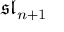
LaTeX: { \mathfrak { s l } } _ { n + 1 }